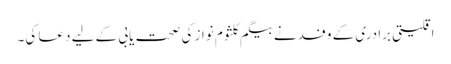
اقلیتی برادری کے وفد نے بیگم کلثوم نواز کی صحت یابی کے لیے دعا کی۔